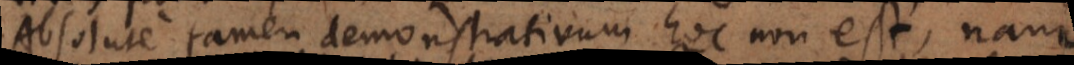
Absolute tamen demonstrativum hoc non est, nam